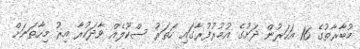
މުބާރާތުގެ 16 އަހަރުން ދަށުގެ އުމުރުފުރާގައި ހަތަރު ސްކޫލެއް ވާދަކުރާ އިރު މިހާތަނަށް